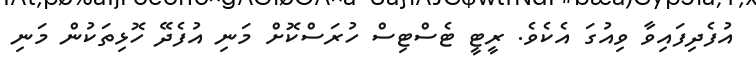
އުފެދިފައިވާ ވިއުގަ އެކެވެ. ރީޓީ ޓެސްޓިސް ހުރަސްކޮށް މަނި އުފެދޭ ހޮޅިތަކުން މަނި